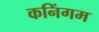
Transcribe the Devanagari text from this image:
कनिंगम